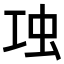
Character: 𧈬